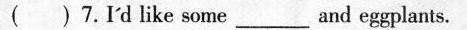
( ) 7.I'd like some_ and eggplants.